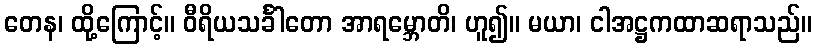
တေန၊ ထို့ကြောင့်။ ဝီရိယသင်္ခါတော အာရမ္ဘောတိ၊ ဟူ၍။ မယာ၊ ငါအဋ္ဌကထာဆရာသည်။